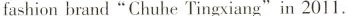
fashion brand “Chuhe Tingxiang" in 2011.